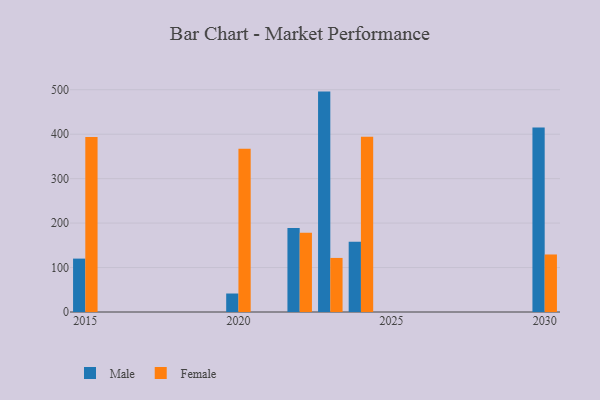
{"axis": {"x": "Year", "y": "Active Users"}, "legend": ["Female", "Male"], "data": [{"x": "2024", "y": 158.1, "type": "Male"}, {"x": "2024", "y": 394.3, "type": "Female"}, {"x": "2023", "y": 495.8, "type": "Male"}, {"x": "2023", "y": 121.6, "type": "Female"}, {"x": "2015", "y": 120.1, "type": "Male"}, {"x": "2015", "y": 393.9, "type": "Female"}, {"x": "2030", "y": 415.0, "type": "Male"}, {"x": "2030", "y": 129.4, "type": "Female"}, {"x": "2022", "y": 188.8, "type": "Male"}, {"x": "2022", "y": 178.3, "type": "Female"}, {"x": "2020", "y": 41.6, "type": "Male"}, {"x": "2020", "y": 367.3, "type": "Female"}]}